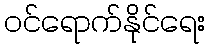
ဝင်ရောက်နိုင်ရေး